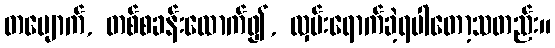
တပျောက်, တစ်စခန်းထောက်၍, လှမ်းရောက်ခဲ့ရပါတော့သတည်း။